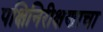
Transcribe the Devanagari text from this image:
पक्षिनिरीक्षणाचा